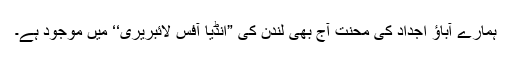
ہمارے آباؤ اجداد کی محنت آج بھی لندن کی ”انڈیا آفس لائبریری‘‘ میں موجود ہے۔